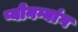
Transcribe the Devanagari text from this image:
प्योनग्यांग